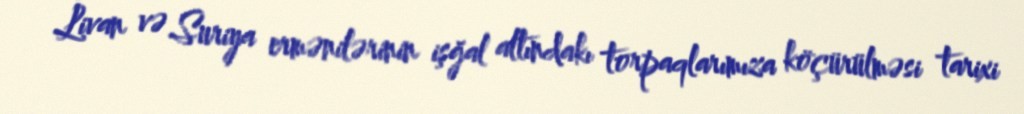
Livan və Suriya ermənilərinin işğal altındakı torpaqlarımıza köçürülməsi tarixi